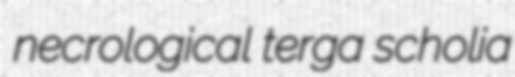
necrological terga scholia